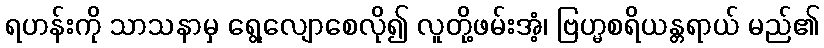
ရဟန်းကို သာသနာမှ ရွေ့လျောစေလို၍ လူတို့ဖမ်းအံ့၊ ဗြဟ္မစရိယန္တရာယ် မည်၏